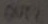
Text: OUT2